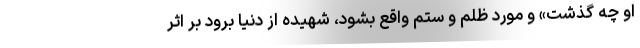
او چه گذشت» و مورد ظلم و ستم واقع بشود، شهیده از دنیا برود بر اثر